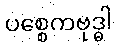
ပစ္စေကဗုဒ္ဓါ